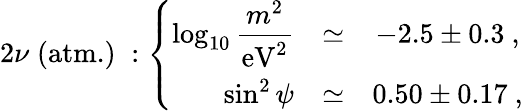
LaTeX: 2\nu\; (\mathrm{atm.})\; :\left\{ \begin{array}{rcc}{{\log_{10}\displaystyle\frac{m^{2}}{\mathrm{eV}^{2}}}}&{{\simeq}}&{{-2.5\pm 0.3\ ,}}\\ {{\sin^{2}\psi}}&{{\simeq}}&{{0.50\pm 0.17\ ,}}\end{array}\right.